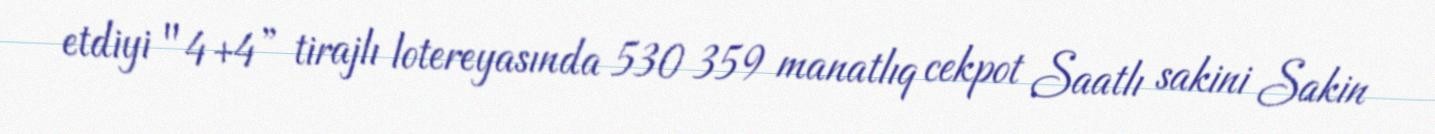
etdiyi "4+4” tirajlı lotereyasında 530 359 manatlıq cekpot Saatlı sakini Sakin